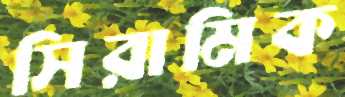
সিরামিক